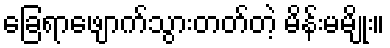
ခြေရာဖျောက်သွားတတ်တဲ့ မိန်းမမျိုး။